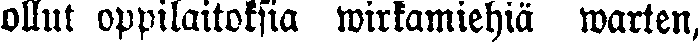
ollut oppilaitoksia wirkamiehiä warten,